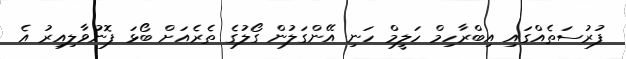
ފުރުސަތެއްގައި އިބްރާހިމް ހަލީމް ހަނި އޭންގަލުން ގޯލުގެ ތެރެއަަށް ބޯޅަ ފޮނުވާލިއިރު އެ